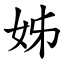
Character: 姊